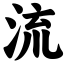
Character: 流